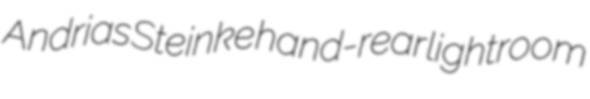
Andrias Steinke hand-rear lightroom